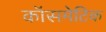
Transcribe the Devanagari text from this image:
कॉसमेटिक